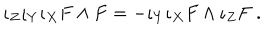
LaTeX: \iota _ { Z } \iota _ { Y } \iota _ { X } F \wedge F = - \iota _ { Y } \iota _ { X } F \wedge \iota _ { Z } F ~ .